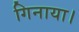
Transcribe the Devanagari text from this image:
गिनाया।